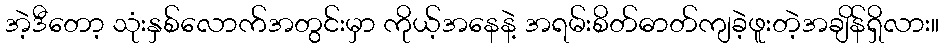
အဲ့ဒီတော့ သုံးနှစ်လောက်အတွင်းမှာ ကိုယ့်အနေနဲ့ အရမ်းစိတ်ဓာတ်ကျခဲ့ဖူးတဲ့အချိန်ရှိလား။